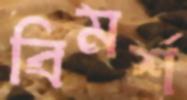
বিমর্শ